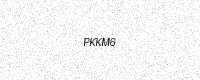
Text: PKKM6